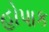
હોપાક